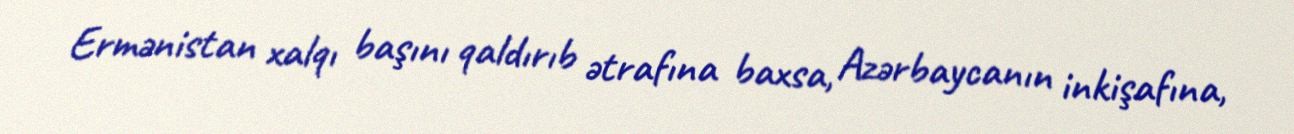
Ermənistan xalqı başını qaldırıb ətrafına baxsa, Azərbaycanın inkişafına,